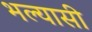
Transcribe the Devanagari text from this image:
भल्यासी